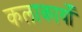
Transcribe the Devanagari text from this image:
कलाकार्यों